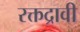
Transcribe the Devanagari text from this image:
रक्तद्रावी